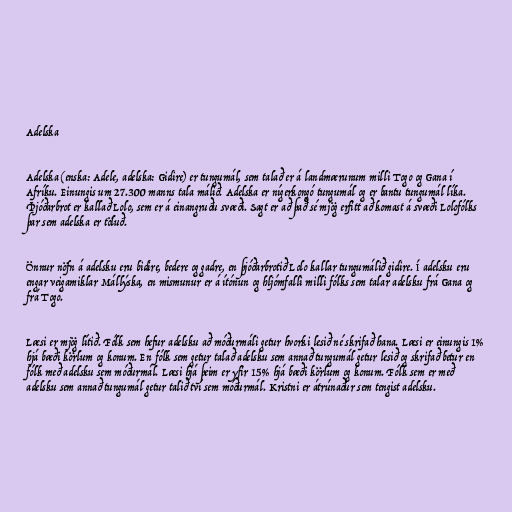
Adelska

Adelska (enska: Adele, adelska: Gidire) er tungumál, sem talað er á landmærunum milli Togo og Gana í
Afríku. Einungis um 27.300 manns tala málið. Adelska er nígerkongó tungumál og er bantu tungumál líka.
Þjóðarbrot er kallað Lolo, sem er á einangruðu svæði. Sagt er að það sé mjög erfitt að komast á svæði Lolofólks
þar sem adelska er töluð.

Önnur nöfn á adelsku eru bidire, bedere og gadre, en þjóðarbrotið Lolo kallar tungumálið gidire. Í adelsku eru
engar veigamiklar Mállýska, en mismunur er á ítónun og hljómfalli milli fólks sem talar adelsku frá Gana og
frá Togo.

Læsi er mjög lítið. Fólk sem hefur adelsku að móðurmáli getur hvorki lesið né skrifað hana. Læsi er einungis 1%
hjá bæði körlum og konum. En fólk sem getur talað adelsku sem annað tungumál getur lesið og skrifað betur en
fólk með adelsku sem móðurmál. Læsi hjá þeim er yfir 15% hjá bæði körlum og konum. Fólk sem er með
adelsku sem annað tungumál getur talið tví sem móðurmál. Kristni er átrúnaður sem tengist adelsku.